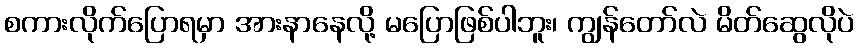
စကားလိုက်ပြောရမှာ အားနာနေလို့ မပြောဖြစ်ပါဘူး၊ ကျွန်တော်လဲ မိတ်ဆွေလိုပဲ